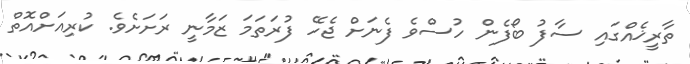
ތާރީޚެއްގައި ސާފު ބޯފެން ހުސްވެ ފެނަށް ޖެހޭ ފުރަތަމަ ޒަމާނީ ރަށަށެވެ. ކުރިއަށްއޮތް